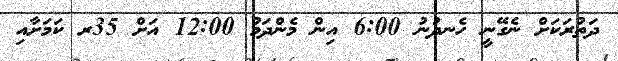
ދަތުރަކަށް ނެގޭނީ ހެނދުނު 6:00 އިން މެންދަމު 12:00 އަށް 35ރ ކަމަށާއި